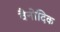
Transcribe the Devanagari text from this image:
वैनोदिक